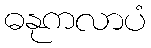
ဓနုကလာပံ